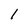
Character: 1